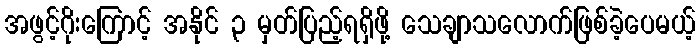
အဖွင့်ဂိုးကြောင့် အနိုင် ၃ မှတ်ပြည့်ရရှိဖို့ သေချာသလောက်ဖြစ်ခဲ့ပေမယ့်